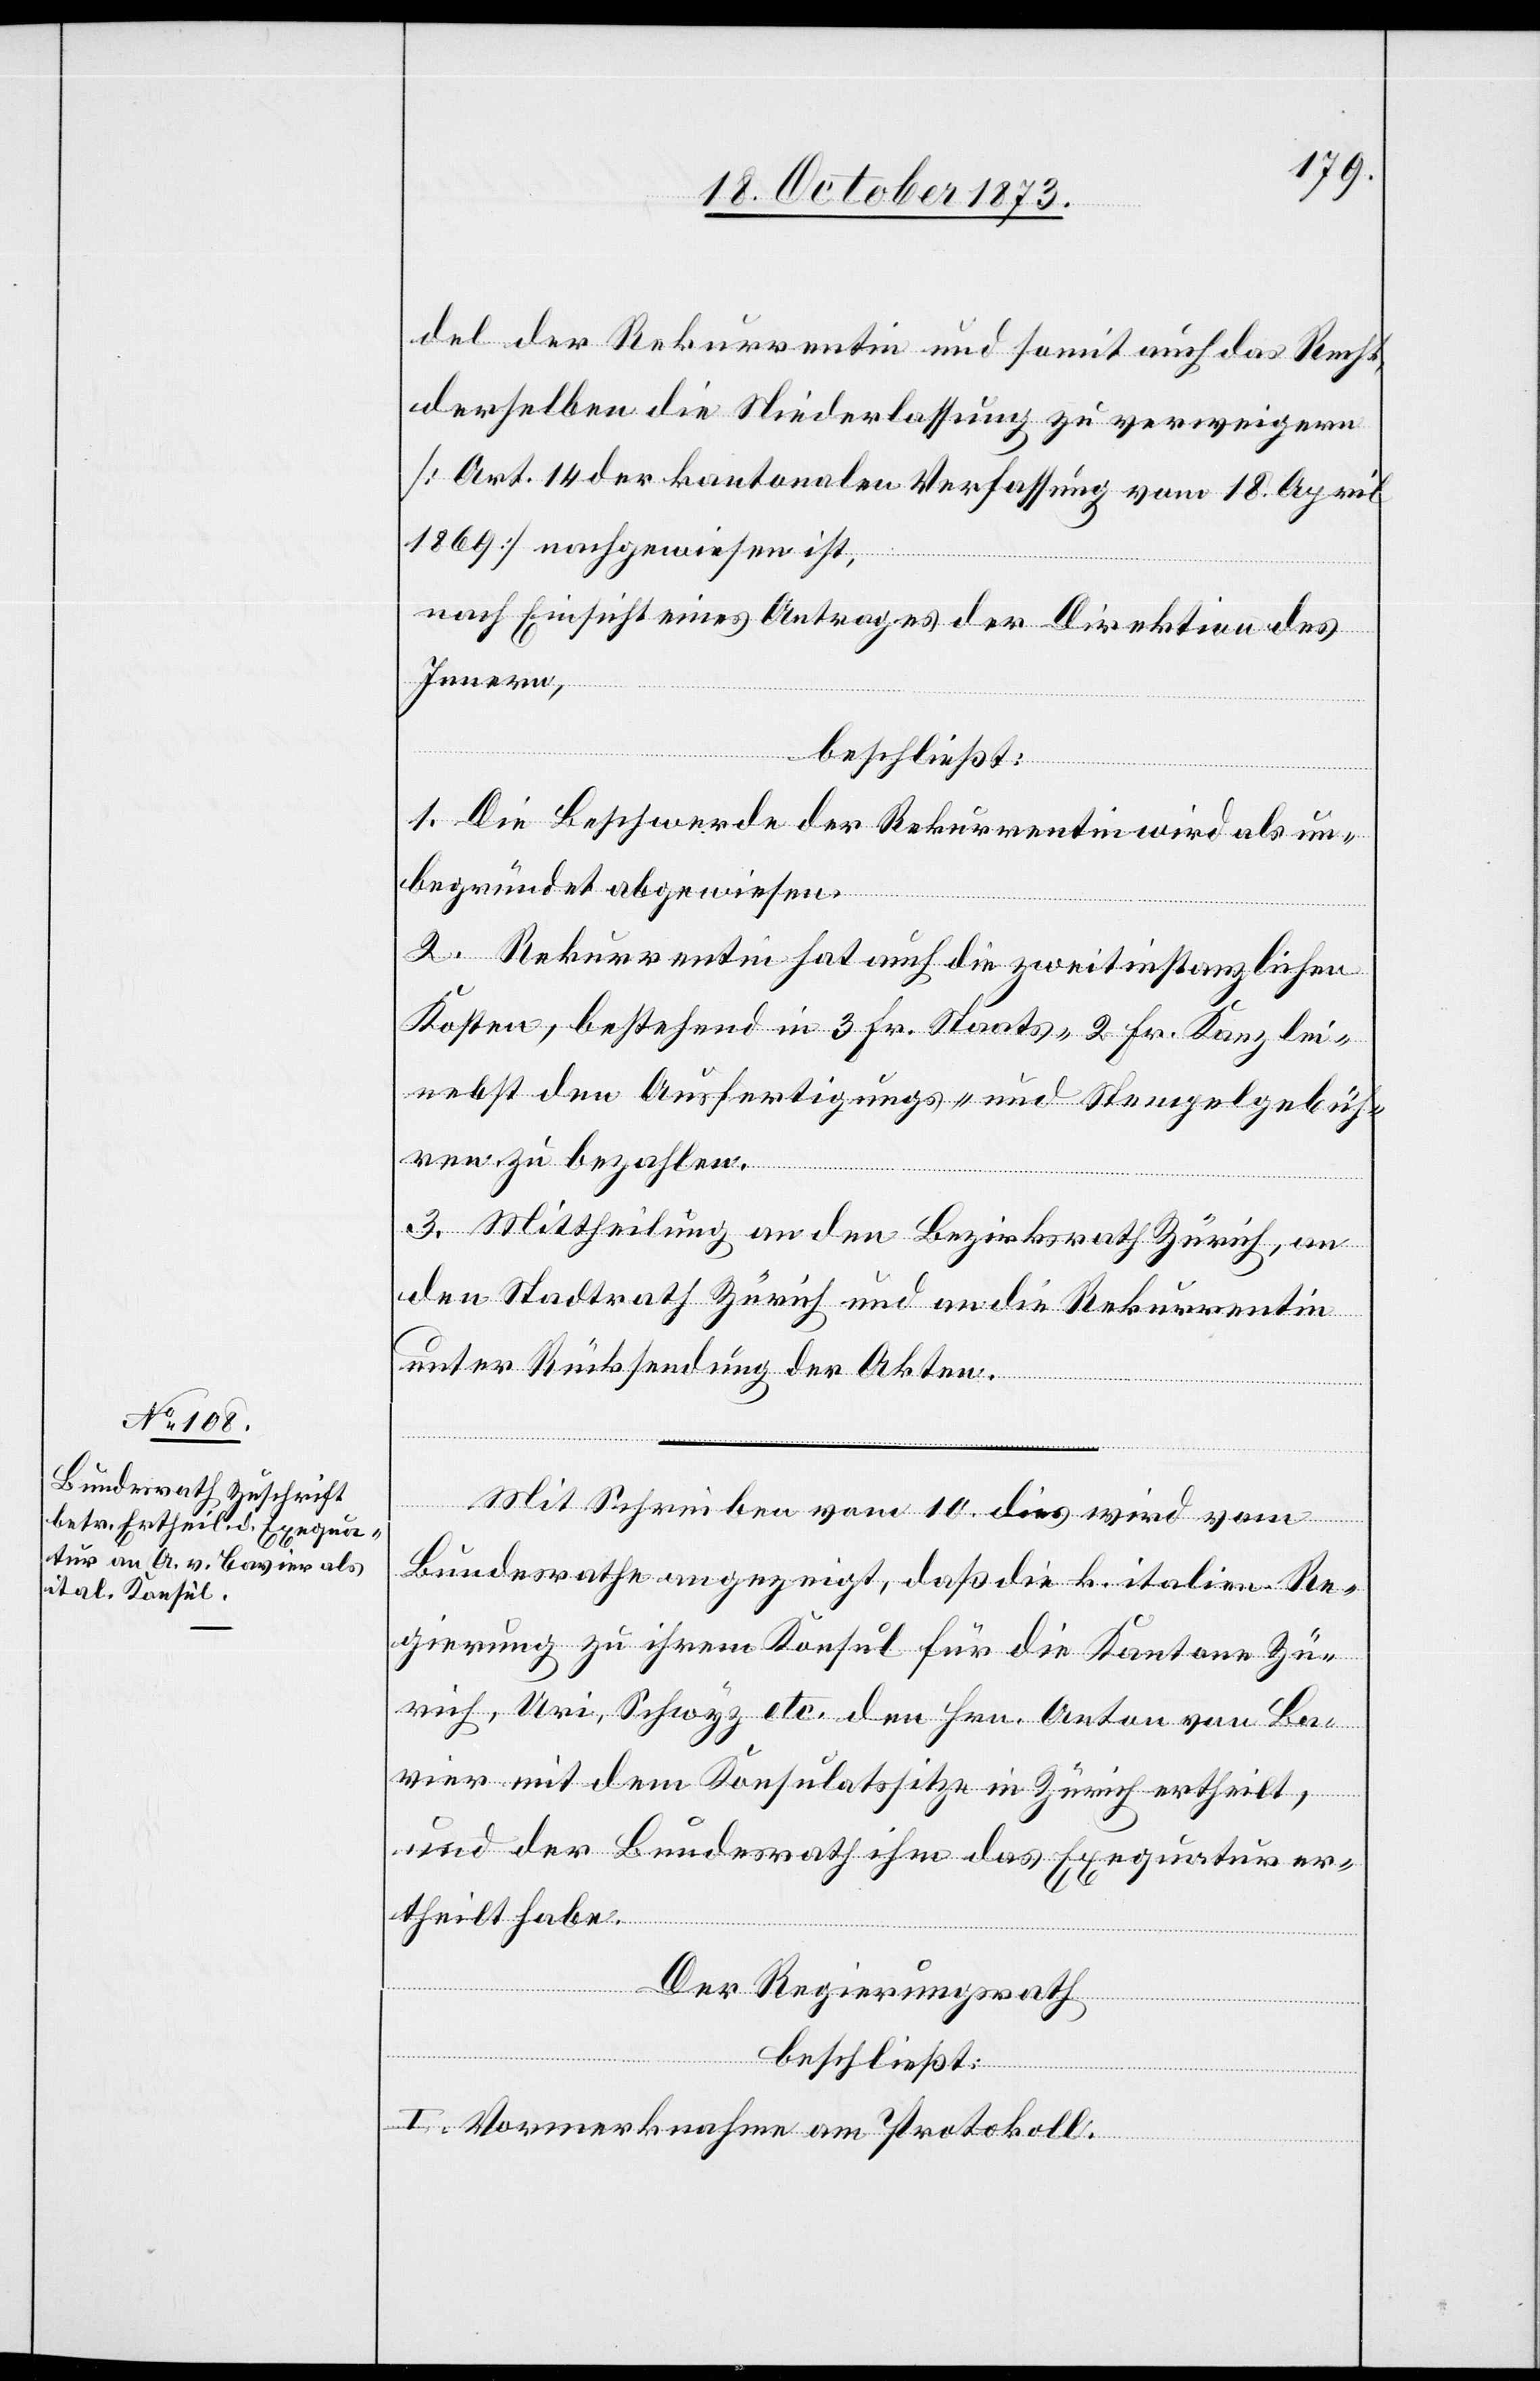
del der Rekurrentin und somit auch das Recht,
derselben die Niederlassung zu verweigern
[Art. 14 der kantonalen Verfassung vom 18. April
1869] nachgewiesen ist,
nach Einsicht eines Antrages der Direktion des
Innern,
beschließt:
1. Die Beschwerde der Rekurrentin wird als un¬
begründet abgewiesen.
2. Rekurrentin hat auch die zweitinstanzlichen
Kosten, bestehend in 3 Fr. Staats- 2 Fr. Kanzlei-
nebst den Ausfertigungs- und Stempelgebüh¬
ren zu bezahlen.
Mit Schreiben vom 10. dies wird vom
Bundesrathe angezeigt, daß die k. italien. Re¬
gierung zu ihrem Konsul für die Kantone Zü¬
rich, Uri, Schwyz etc. den Hrn. Anton von Ba¬
vier mit dem Konsulatssitze in Zürich ertheilt,
und der Bundesrath ihm das Exequatur er¬
theilt habe.
Der Regierungsrath
beschließt:
I. Vormerknahme am Protokoll.